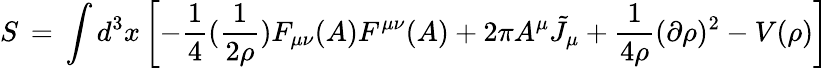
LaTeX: S\, =\, \int d^{3}x\left[-\frac{1}{4}(\frac{1}{2\rho})F_{\mu\nu}(A)F^{\mu\nu}(A)+2\pi A^{\mu}{\tilde{J}}_{\mu}+\frac{1}{4\rho}(\partial\rho)^{2}-V(\rho)\right]